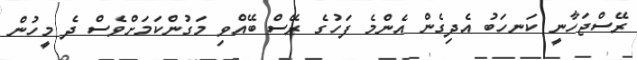
ރޭސްޖަހާނީ ކަނހަބު އެދިގެން އެންމެ ފަހުގެ ރޭސް ބޭއްވި މަގުންކަމަށްވެސް ދެ މީހުން